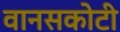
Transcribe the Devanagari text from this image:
वानसकोटी